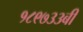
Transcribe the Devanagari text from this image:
१८९७३३बी